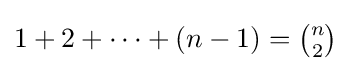
\textstyle {1+2+\cdots +(n-1)={\binom {n}{2}}}